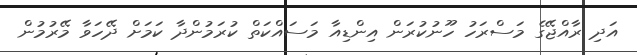
އަދި ރާއްޖޭގެ މަސްރަހު ހޫނުކުރަން އިންޑިއާ މަސައްކަތް ކުރަމުންދާ ކަމަށް ދޭހަވާ މޭރުމުން